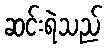
ဆင်းရဲသည်